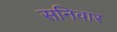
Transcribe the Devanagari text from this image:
सनिवार